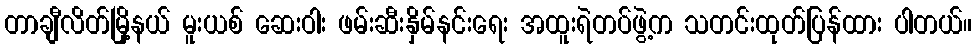
တာချီလိတ်မြို့နယ် မူးယစ် ဆေးဝါး ဖမ်းဆီးနှိမ်နင်းရေး အထူးရဲတပ်ဖွဲ့က သတင်းထုတ်ပြန်ထား ပါတယ်။